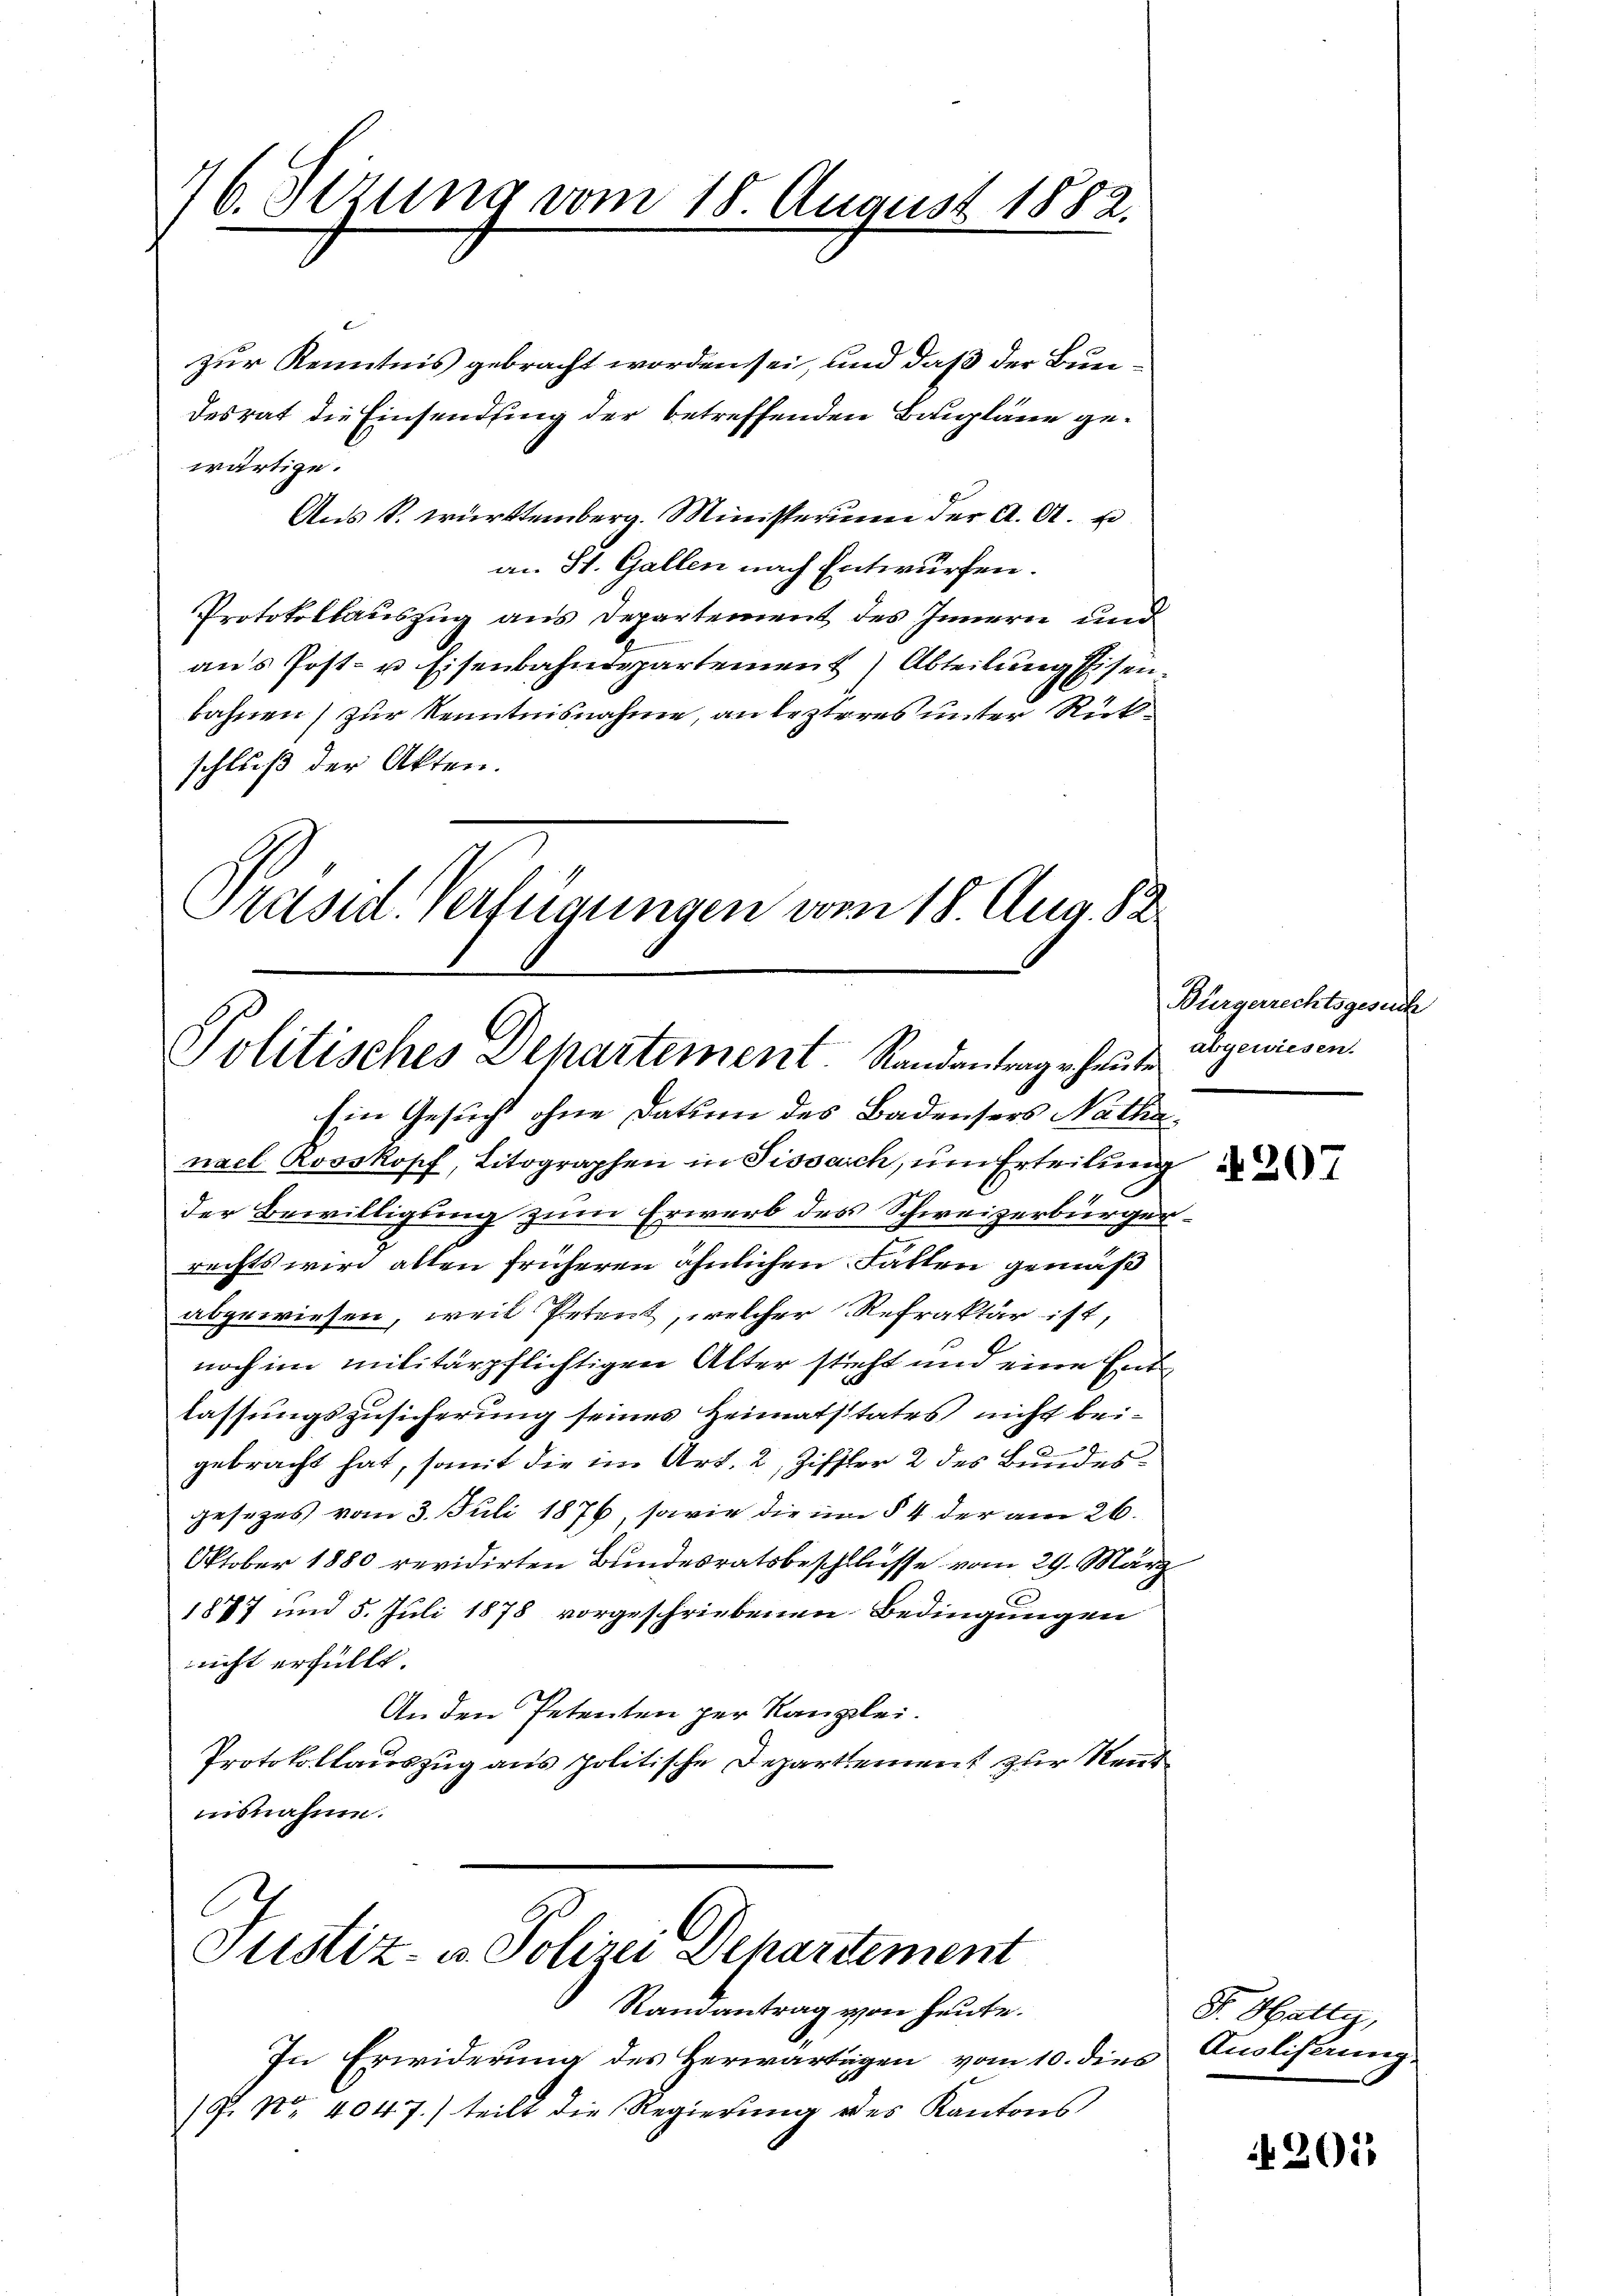
76. Dezung vom 18 August 1882.

zur Kenntnis gebracht worden sei, und daß der Bundesrat die Einsendung der betreffenden Baupläne gewärtige.
Aus S. Württemberg. Ministerium der A. A.
an St. Gallen nach Entwurfen.
Protokollauszug aus Departement des Innern und
ans Post- u Eisenbahndepartement Abteilung Eisen.
bahnen) zur Kenntnisnahme, an lezteres unter Rückschluß der Akten.
Präsid. Verfügungen vom 18. Aug. 82.

Politisches Departement. Randantrage heute abgewiesen.

Ein Gesucht ohne Datum des Badensers Nathanael Rooskopf, Litographen in Sissarch, um Erteilung
der Bewilligung zum Erwerb des Schweizerbürgerrechts wird allen früheren ähnlichen Fallen gemäß
abgewiesen, weil Petent, welcher Refraktär ist,
noch im militärpflichtigen Alter sticht und eine Entlassungszusicherung seines Heimatstates nicht bei¬

gebracht hat, somit die im Art. 2, Ziffler 2 des Bundesgesezes vom 3. Juli 1876, sowie die um § 4 der am 26.
Oktober 1880 revidirten Bundesratsbeschlüsse vom 29. März
1877 und 5. Juli 1878 vorgeschriebenen Bedingungen
nicht erfüllt.
An den Petenten zur Kanzlei.
Protokollauszug aus politische Departement zur Rent
nsnahme.
C
Justiz- u. Polizei Departement
Ramantrag von heute.
In Erwiderung des Herwärtigen vom 10. dies
P. Nr. 4047.) teilt die Regierung des Kantons

Bürgerrechtsgesuch

N 207

Dr. Hally,
Ausliserung.

201